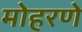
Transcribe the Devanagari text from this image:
मोहरणे